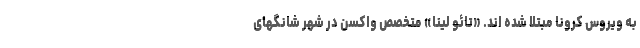
به ویروس کرونا مبتلا شده اند. «تائو لیناّ» متخصص واکسن در شهر شانگهای